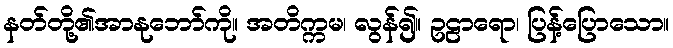
နတ်တို့၏အာနုဘော်ကို။ အတိက္ကမ၊ လွန်၍။ ဥဠာရော၊ ပြန့်ပြောသော။